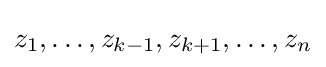
z_{1},\dots ,z_{k-1},z_{k+1},\dots ,z_{n}